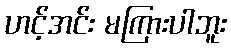
ဟင့်အင်း မကြားပါဘူး